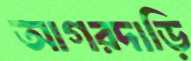
আগরদাড়ি